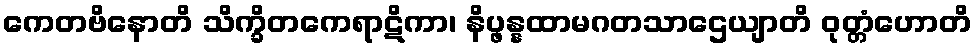
ကေတဗိနောတိ သိက္ခိတကေရာဋိကာ၊ နိပ္ဖန္နထာမဂတသာဌေယျာတိ ဝုတ္တံဟောတိ